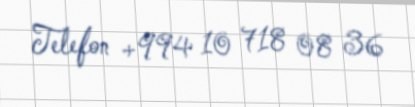
Telefon +994 10 718 08 36